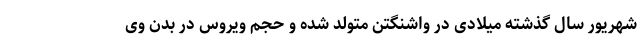
شهریور سال گذشته میلادی در واشنگتن متولد شده و حجم ویروس در بدن وی